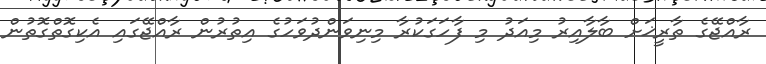
ރާއްޖޭގެ ތާރީޚަށް ބާލާއިރު މިއަދު މި ފާހަގަކުރާ މިނިވަންދުވަހުގެ އިތުރުން ރާއްޖޭގައި އެކިގޮތްގޮތުން